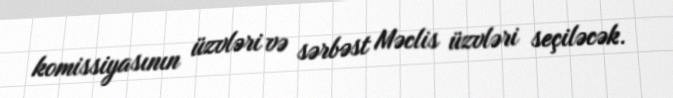
komissiyasının üzvləri və sərbəst Məclis üzvləri seçiləcək.